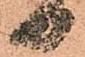
日